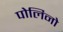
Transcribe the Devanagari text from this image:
पोलिनो